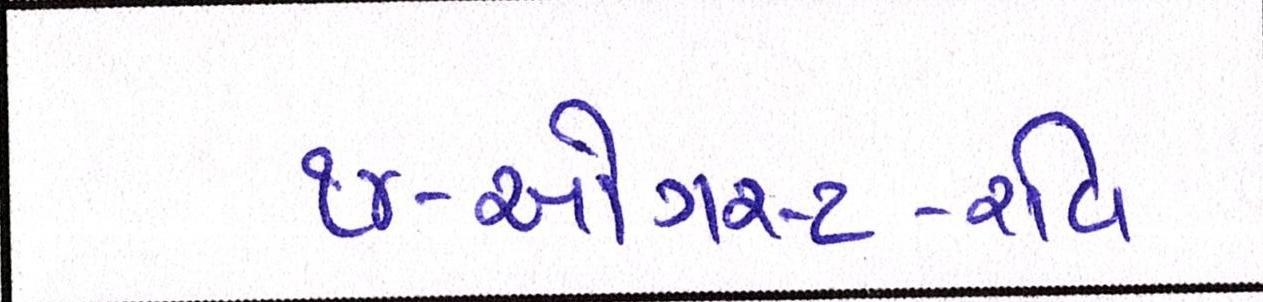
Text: ૧૪-ઓગસ્ટ-રવિ